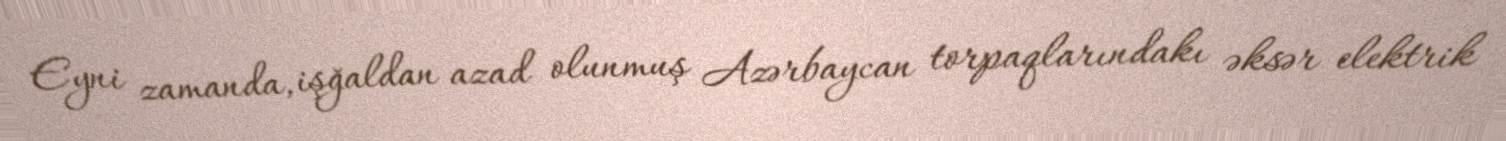
Eyni zamanda, işğaldan azad olunmuş Azərbaycan torpaqlarındakı əksər elektrik